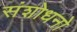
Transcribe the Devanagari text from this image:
संशोधनो